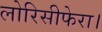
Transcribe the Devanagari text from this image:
लोरिसीफेरा।